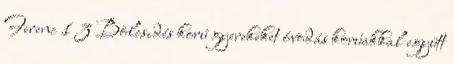
Ferenc 1 3 Bölcsıdés korú gyerekeket óvodás korúakkal együtt